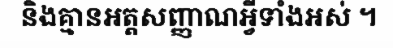
និងគ្មានអត្តសញ្ញាណអ្វីទាំងអស់ ។